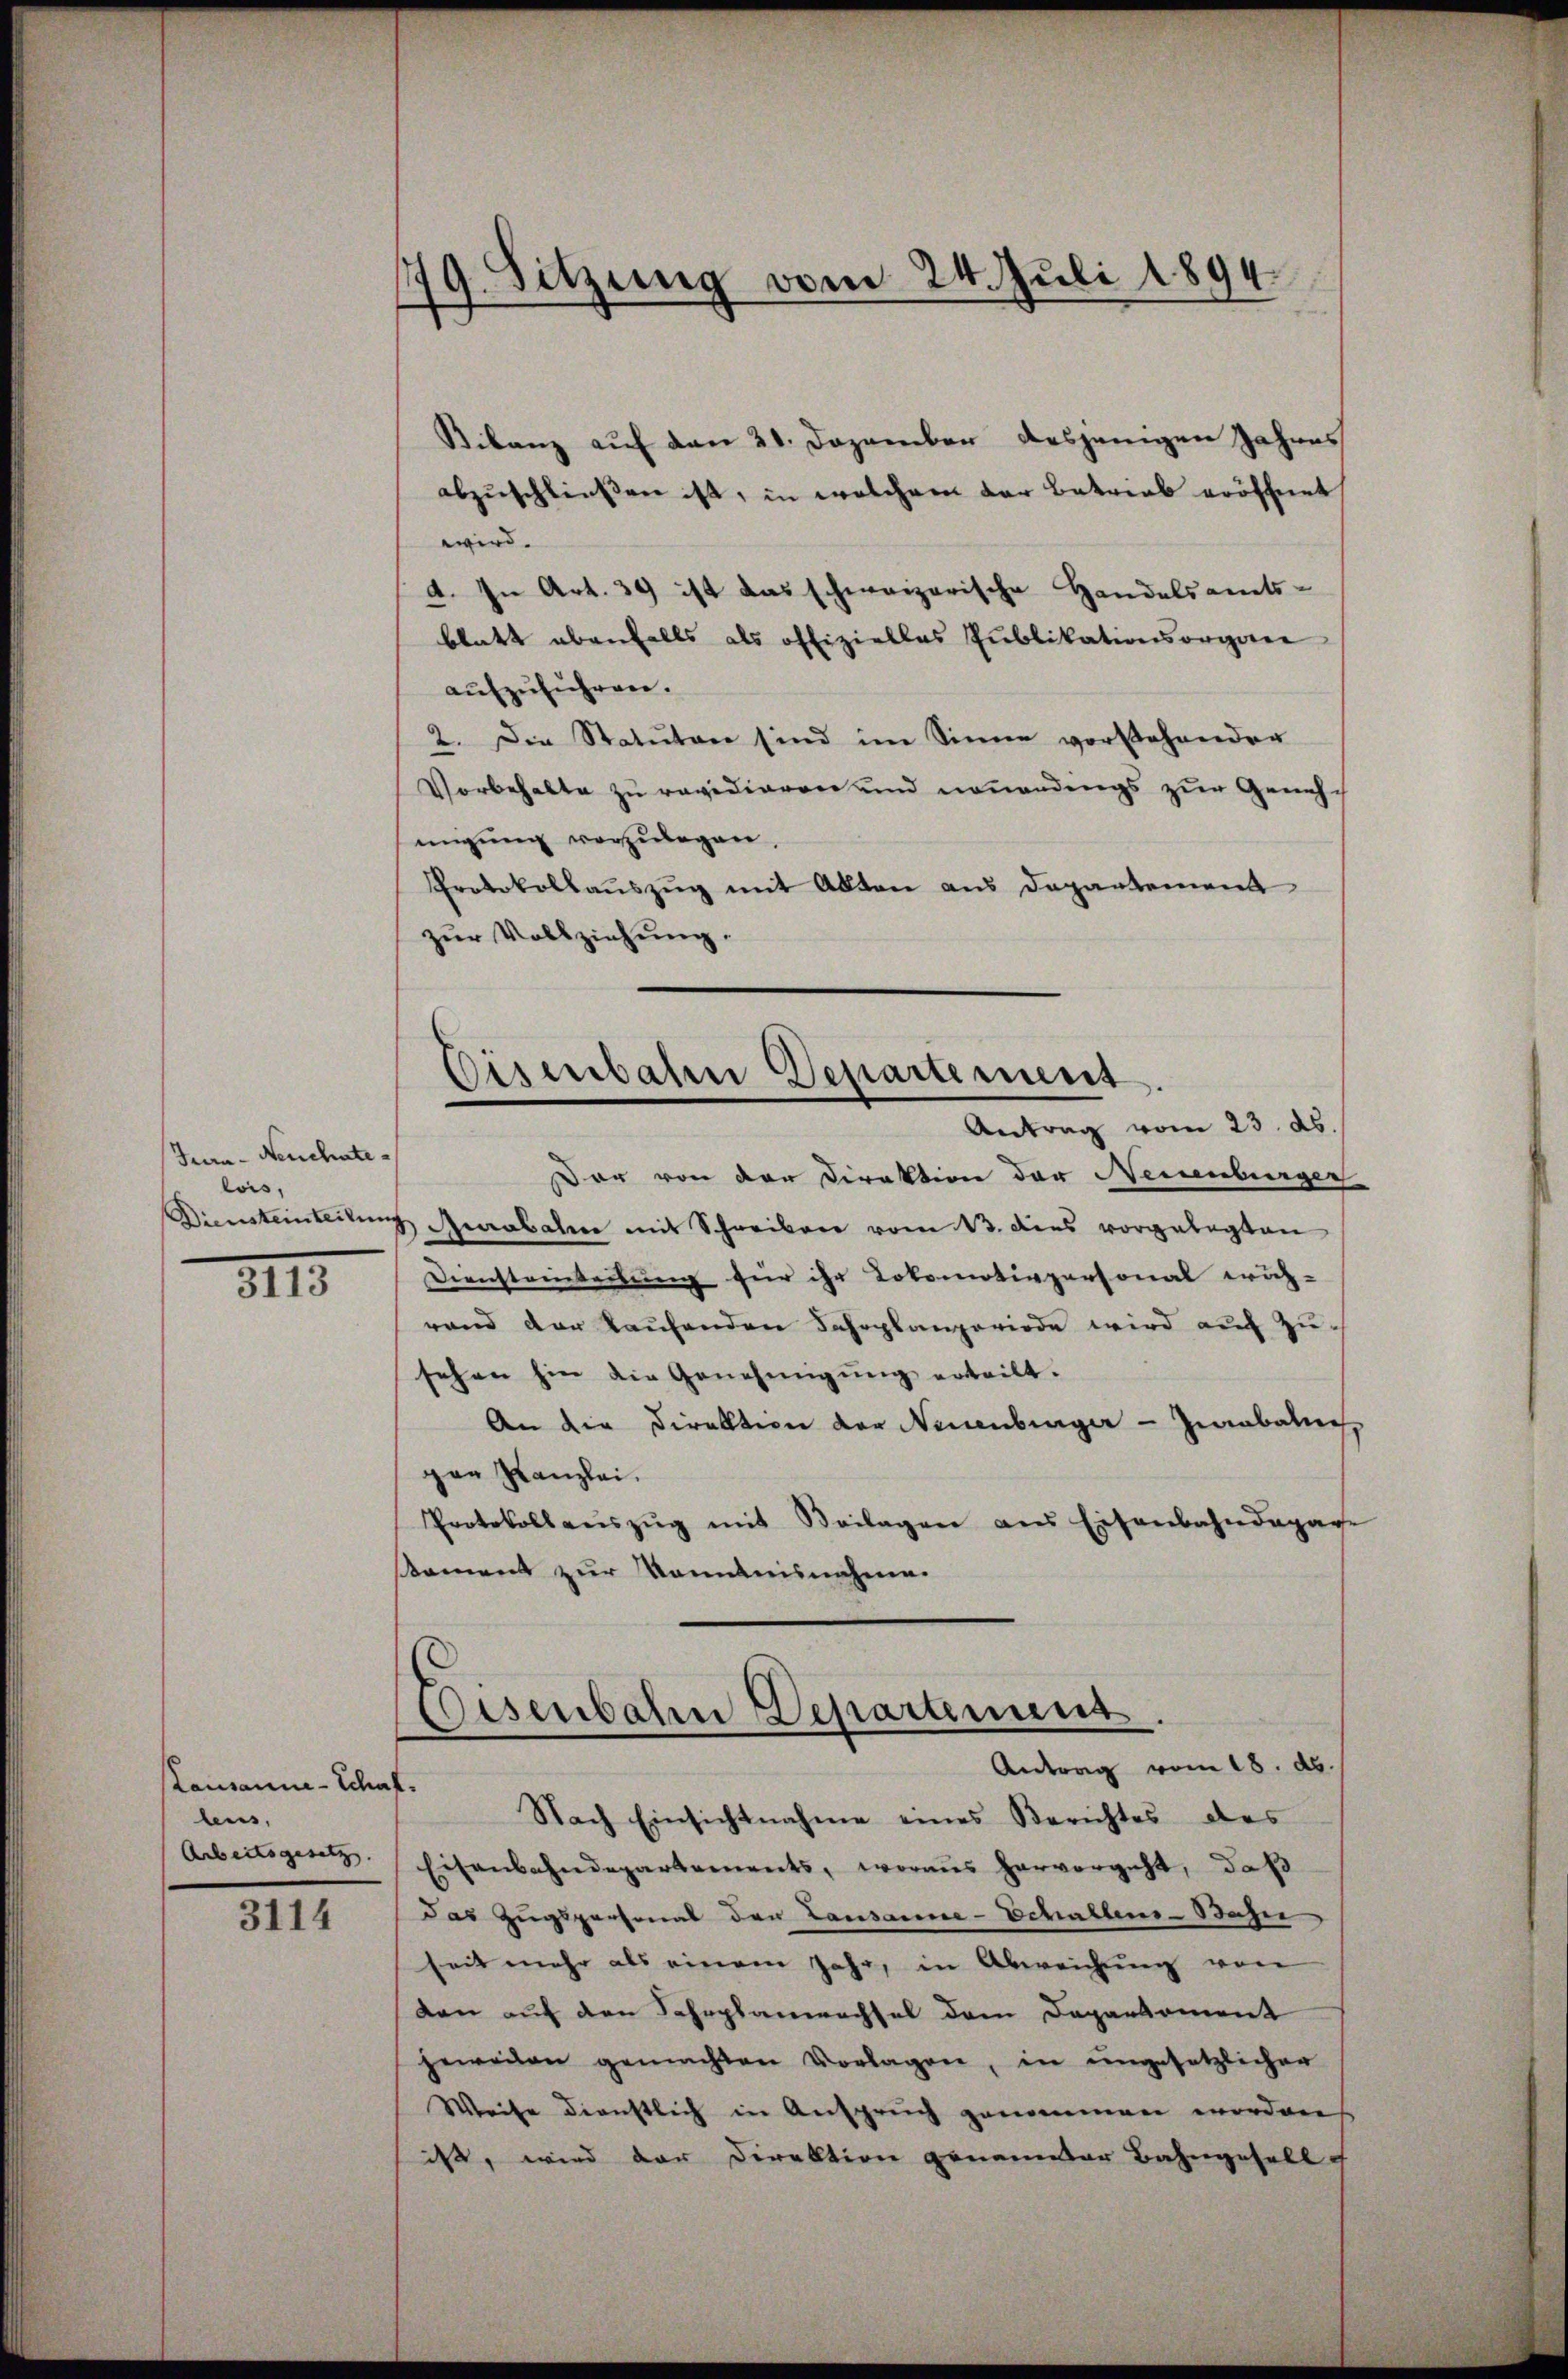
Tra- Neuchate
lois,
Diensteinteilun

3113

Lausanna - Schaf
lens,
Arbeitsgesetz

3114

179. Sitzung vom 24. Juli 1894

Bilanz auf den 21. Dezember desjenigen Jahres
abzuschließen ist, in welchem der Betrieb eröffnet
wird.
4. In Art. 39 ist das schweizerische Handelsamts-
blatt ebenfalls als offizielles Publikationsorgan
aufzuführen.
2. Die Statuten sind im Sinne vorstehender
Vorbehalte zu revidieren und neuendings zur Genüsch
migung vorzulegen.
Protokollaŭszŭg mit Akten aus Departement
zŭr Vollziehung.
Dar von der Direktion der Neuenburger
aabahier mit Schreiben vom 13. dies vorgelegten
Diensteinterbung für ihr Lokomotivpersonal eröch-
rand der Kaufenden Fahrplanzeriode wird auf zu
sehen hin die Genehmigung erteilt.
An die Direktion der Neuenburger - Ziabolich,
gen Kanzlei.
Protokollaŭszŭg mit Beilagen aus Eisenbahndapage
ament zur Kenntnisnahme.
Eisenbahre Departement.
Antrag vom 18. ds.
Nach Einsichtnahme eines Berichtes des
Eisenbahndepartements, woraus hervorgeht, daß
das Zugspersonal der Lausanne-Schallens-Bahn
seit mehr als einem Jahr, in Abweichung von
den auf den Fahrplanechsel dem Departement
heweilen gemachten Vorlagen, in ungesetzlicher
Weise dienstlich in Anspruch genommen worden
ißt, wird der Direktion genommer Bahngesell

Disenbahre Departement.
Antrag vom 23. ds.